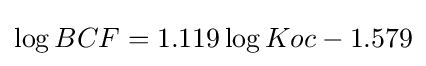
\log BCF=1.119\log Koc-1.579